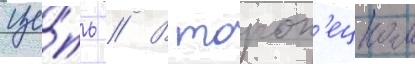
це́пь // В тороп'ецком